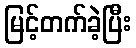
မြင့်တက်ခဲ့ပြီး